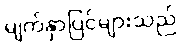
မျက်နှာပြင်များသည်